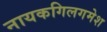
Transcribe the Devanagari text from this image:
नायकगिलगमेश